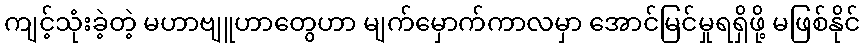
ကျင့်သုံးခဲ့တဲ့ မဟာဗျူဟာတွေဟာ မျက်မှောက်ကာလမှာ အောင်မြင်မှုရရှိဖို့ မဖြစ်နိုင်